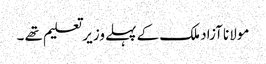
مولانا آزاد ملک کے پہلے وزیر تعلیم تھے ۔